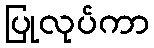
ပြုလုပ်ကာ